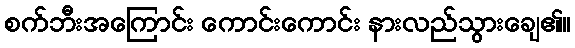
စက်ဘီးအကြောင်း ကောင်းကောင်း နားလည်သွားချေ၏။